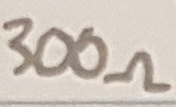
Text: 300Ω